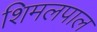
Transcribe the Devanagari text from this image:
शिमलपाल